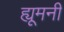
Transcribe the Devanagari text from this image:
ह्यूमनी